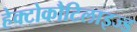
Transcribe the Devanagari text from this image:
हेक्टोकौटिलाइज्ड